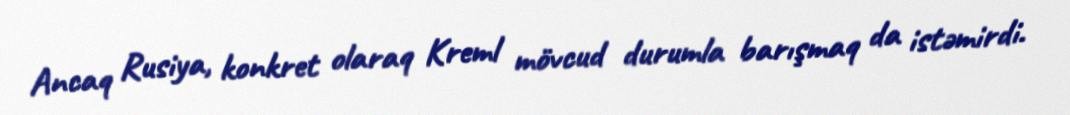
Ancaq Rusiya, konkret olaraq Kreml mövcud durumla barışmaq da istəmirdi.